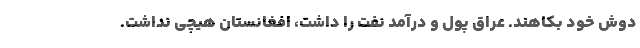
دوش خود بكاهند. عراق پول و درآمد نفت را داشت، افغانستان هيچي نداشت.